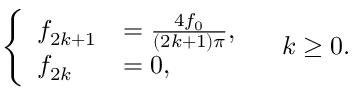
\left\{ \begin{array} { l l } { f _ { 2 k + 1 } } & { = \frac { 4 f _ { 0 } } { ( 2 k + 1 ) \pi } , } \\ { f _ { 2 k } } & { = 0 , } \end{array} \right. \quad k \ge 0 .